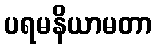
ပရမနိယာမတာ